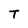
Character: T